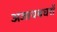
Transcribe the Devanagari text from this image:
अजायबघरों